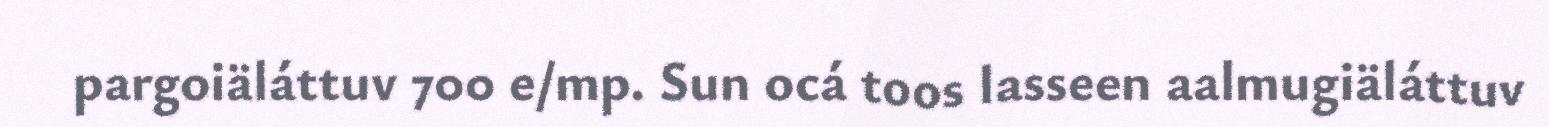
pargoiäláttuv 700 e/mp. Sun ocá toos lasseen aalmugiäláttuv